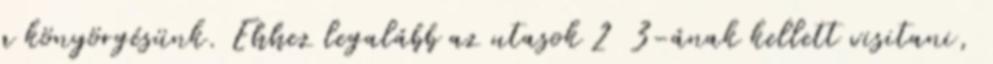
a könyörgésünk. Ehhez legalább az utasok 2 3-ának kellett visitani,